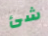
شئ